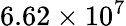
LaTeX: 6.62\times 10^{7}